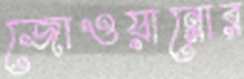
জোওয়ান্নোর